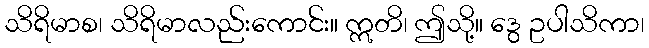
သိရိမာစ၊ သိရိမာလည်းကောင်း။ ဣတိ၊ ဤသို့။ ဒွေ ဥပါသိကာ၊